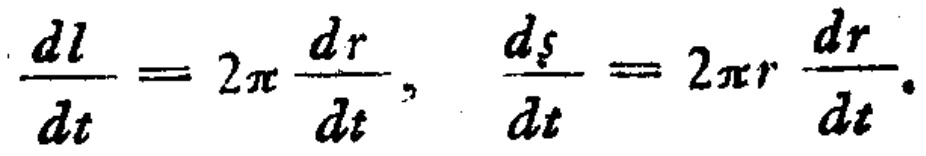
$\frac{dl}{dt}=2\pi\frac{dr}{dt},\ \frac{d\zeta}{dt}=2\pi r\frac{dr}{dt}.$